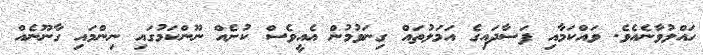
ހައްލުވާނެއެވެ. ވައްކަމާއި ފަސާދައިގެ އަމަލުތައް ގިނަވުމުން އެއީވެސް ކުށެއް ނޫންކަމުގައި ނިންމައި ގާނޫނެއް